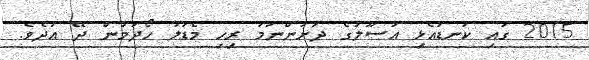
2015 ގައި ކަނޑައެޅި އުސޫލުގެ ދަށުންނަމަ ރިހި މެޑަލު ހޯދުމުން ދޭ އަދެވެ.